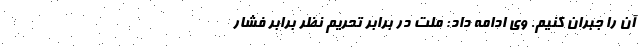
آن را جبران کنیم. وی ادامه داد: ملت در برابر تحریم نظر برابر فشار